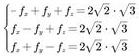
\begin{align*}
 -f_x + f_y + f_z &= 2\sqrt{2} - \sqrt{3} \\
 f_x - f_y + f_z &= 2\sqrt{2} - \sqrt{3}
\end{align*}